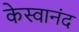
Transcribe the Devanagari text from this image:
केस्वानंद